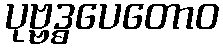
ပုဗ္ဗဒ္ဓပေတောဝ